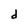
Character: d